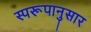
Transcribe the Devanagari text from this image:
स्परूपानुसार